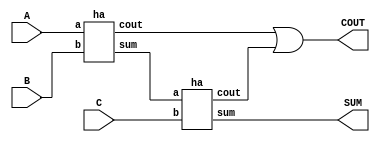
module fa(A,B,C,SUM,COUT);
  input A,B,C;
  output SUM,COUT;
  wire c1,c2;
  ha a(A,B,a1,c1);
  ha b(a1,C,SUM,c2);
  or (COUT,c1,c2);
endmodule

module ha(a,b,sum,cout);
  input a,b;
  output sum,cout;
  assign sum=a^b;
  assign cout=a&b;
endmodule